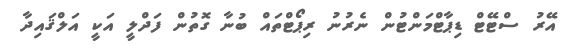
އޭރު ސްޓޭޓް ޑިޕާޓްމަންޓުން ނެރުނު ރިޕޯޓްތައް ބުނާ ގޮތުން ފަދްލީ އަކީ އަލްޤައިދާ